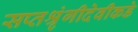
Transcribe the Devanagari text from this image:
सप्तश्रृंगीदेवीकडे